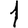
Digit: 1